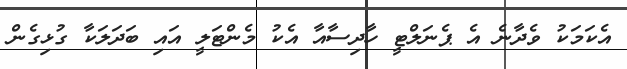
އެކަމަކު ވެދާނެ އެ ޕެނަލްޓީ ހާދިސާއާ އެކު މެންޓަލީ އައި ބަދަލަކާ ގުޅިގެން